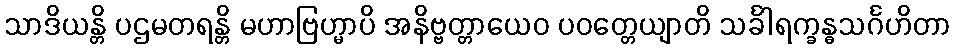
သာဒိယန္တိ ပဌမတရန္တိ မဟာဗြဟ္မာပိ အနိဗ္ဗတ္တာယေဝ ပဝတ္တေယျာတိ သင်္ခါရက္ခန္ဓသင်္ဂဟိတာ